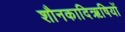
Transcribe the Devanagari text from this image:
शौनकादिऋषियों